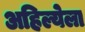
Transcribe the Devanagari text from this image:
अहिल्येला